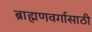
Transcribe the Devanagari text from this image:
ब्राह्मणवर्गासाठी